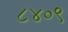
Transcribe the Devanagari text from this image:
८४०९